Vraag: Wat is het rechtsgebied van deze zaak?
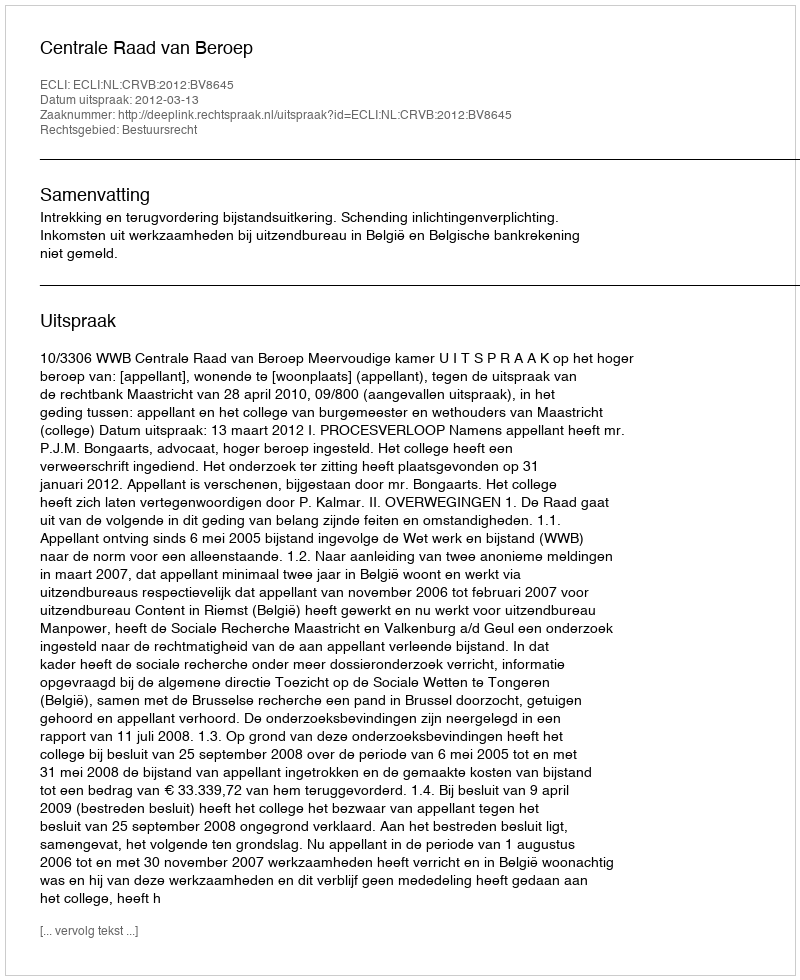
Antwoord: Bestuursrecht